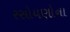
રસોયણોના